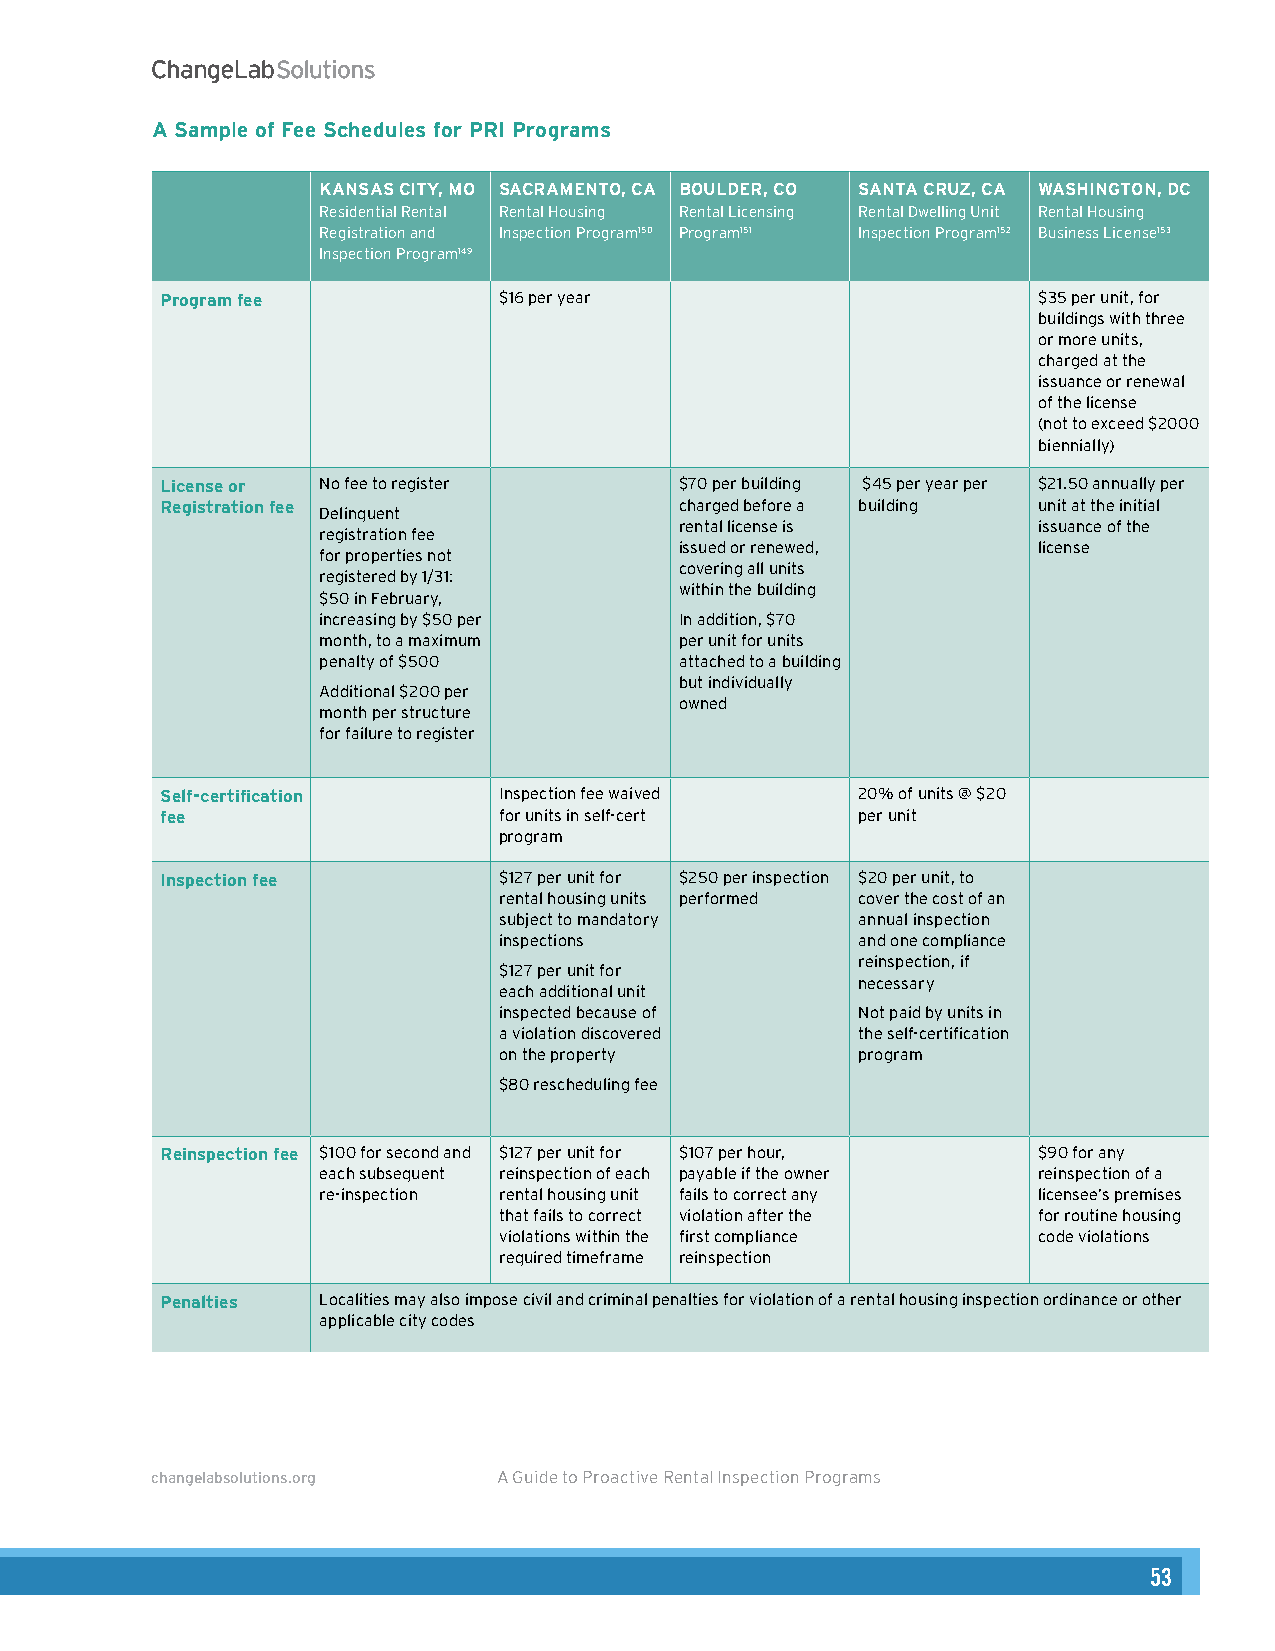
A Sample of Fee Schedules for PRI Programs
 KANSAS CITY, MO SACRAMENTO, CA BOULDER, CO SANTA CRUZ, CA WASHINGTON, DC
 Residential Rental Rental Housing Rental Licensing Rental Dwelling Unit Rental Housing
 Registration and Inspection Program150 Program151 Inspection Program152 Business License153
 Inspection Program149
 Program fee           $16 per year                        $35 per unit, for
 buildings with three
 or more units,
 charged at the
 issuance or renewal
 of the license
 (not to exceed $2000
 biennially)
 License or No fee to register     $70 per building $45 per year per $21.50 annually per
 Registration fee                  charged before a building unit at the initial
 Delinquent
 rental license is       issuance of the
 registration fee
 issued or renewed,      license
 for properties not
 covering all units
 registered by 1/31:
 within the building
 $50 in February,
 increasing by $50 per   In addition, $70
 month, to a maximum     per unit for units
 penalty of $500         attached to a building
 but individually
 Additional $200 per
 owned
 month per structure
 for failure to register
 Self-certification    Inspection fee waived   20% of units @ $20
 fee                   for units in self-cert  per unit
 program
 Inspection fee        $127 per unit for $250 per inspection $20 per unit, to
 rental housing units performed cover the cost of an
 subject to mandatory    annual inspection
 inspections             and one compliance
 reinspection, if
 $127 per unit for
 necessary
 each additional unit
 inspected because of    Not paid by units in
 a violation discovered  the self-certification
 on the property         program
 $80 rescheduling fee
 Reinspection fee $100 for second and $127 per unit for $107 per hour, $90 for any
 each subsequent reinspection of each payable if the owner reinspection of a
 re-inspection rental housing unit fails to correct any licensee’s premises
 that fails to correct violation after the for routine housing
 violations within the first compliance code violations
 required timeframe reinspection
 Penalties Localities may also impose civil and criminal penalties for violation of a rental housing inspection ordinance or other
 applicable city codes
 changelabsolutions.org A Guide to Proactive Rental Inspection Programs 21
 53